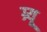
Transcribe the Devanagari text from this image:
ग्र्यू